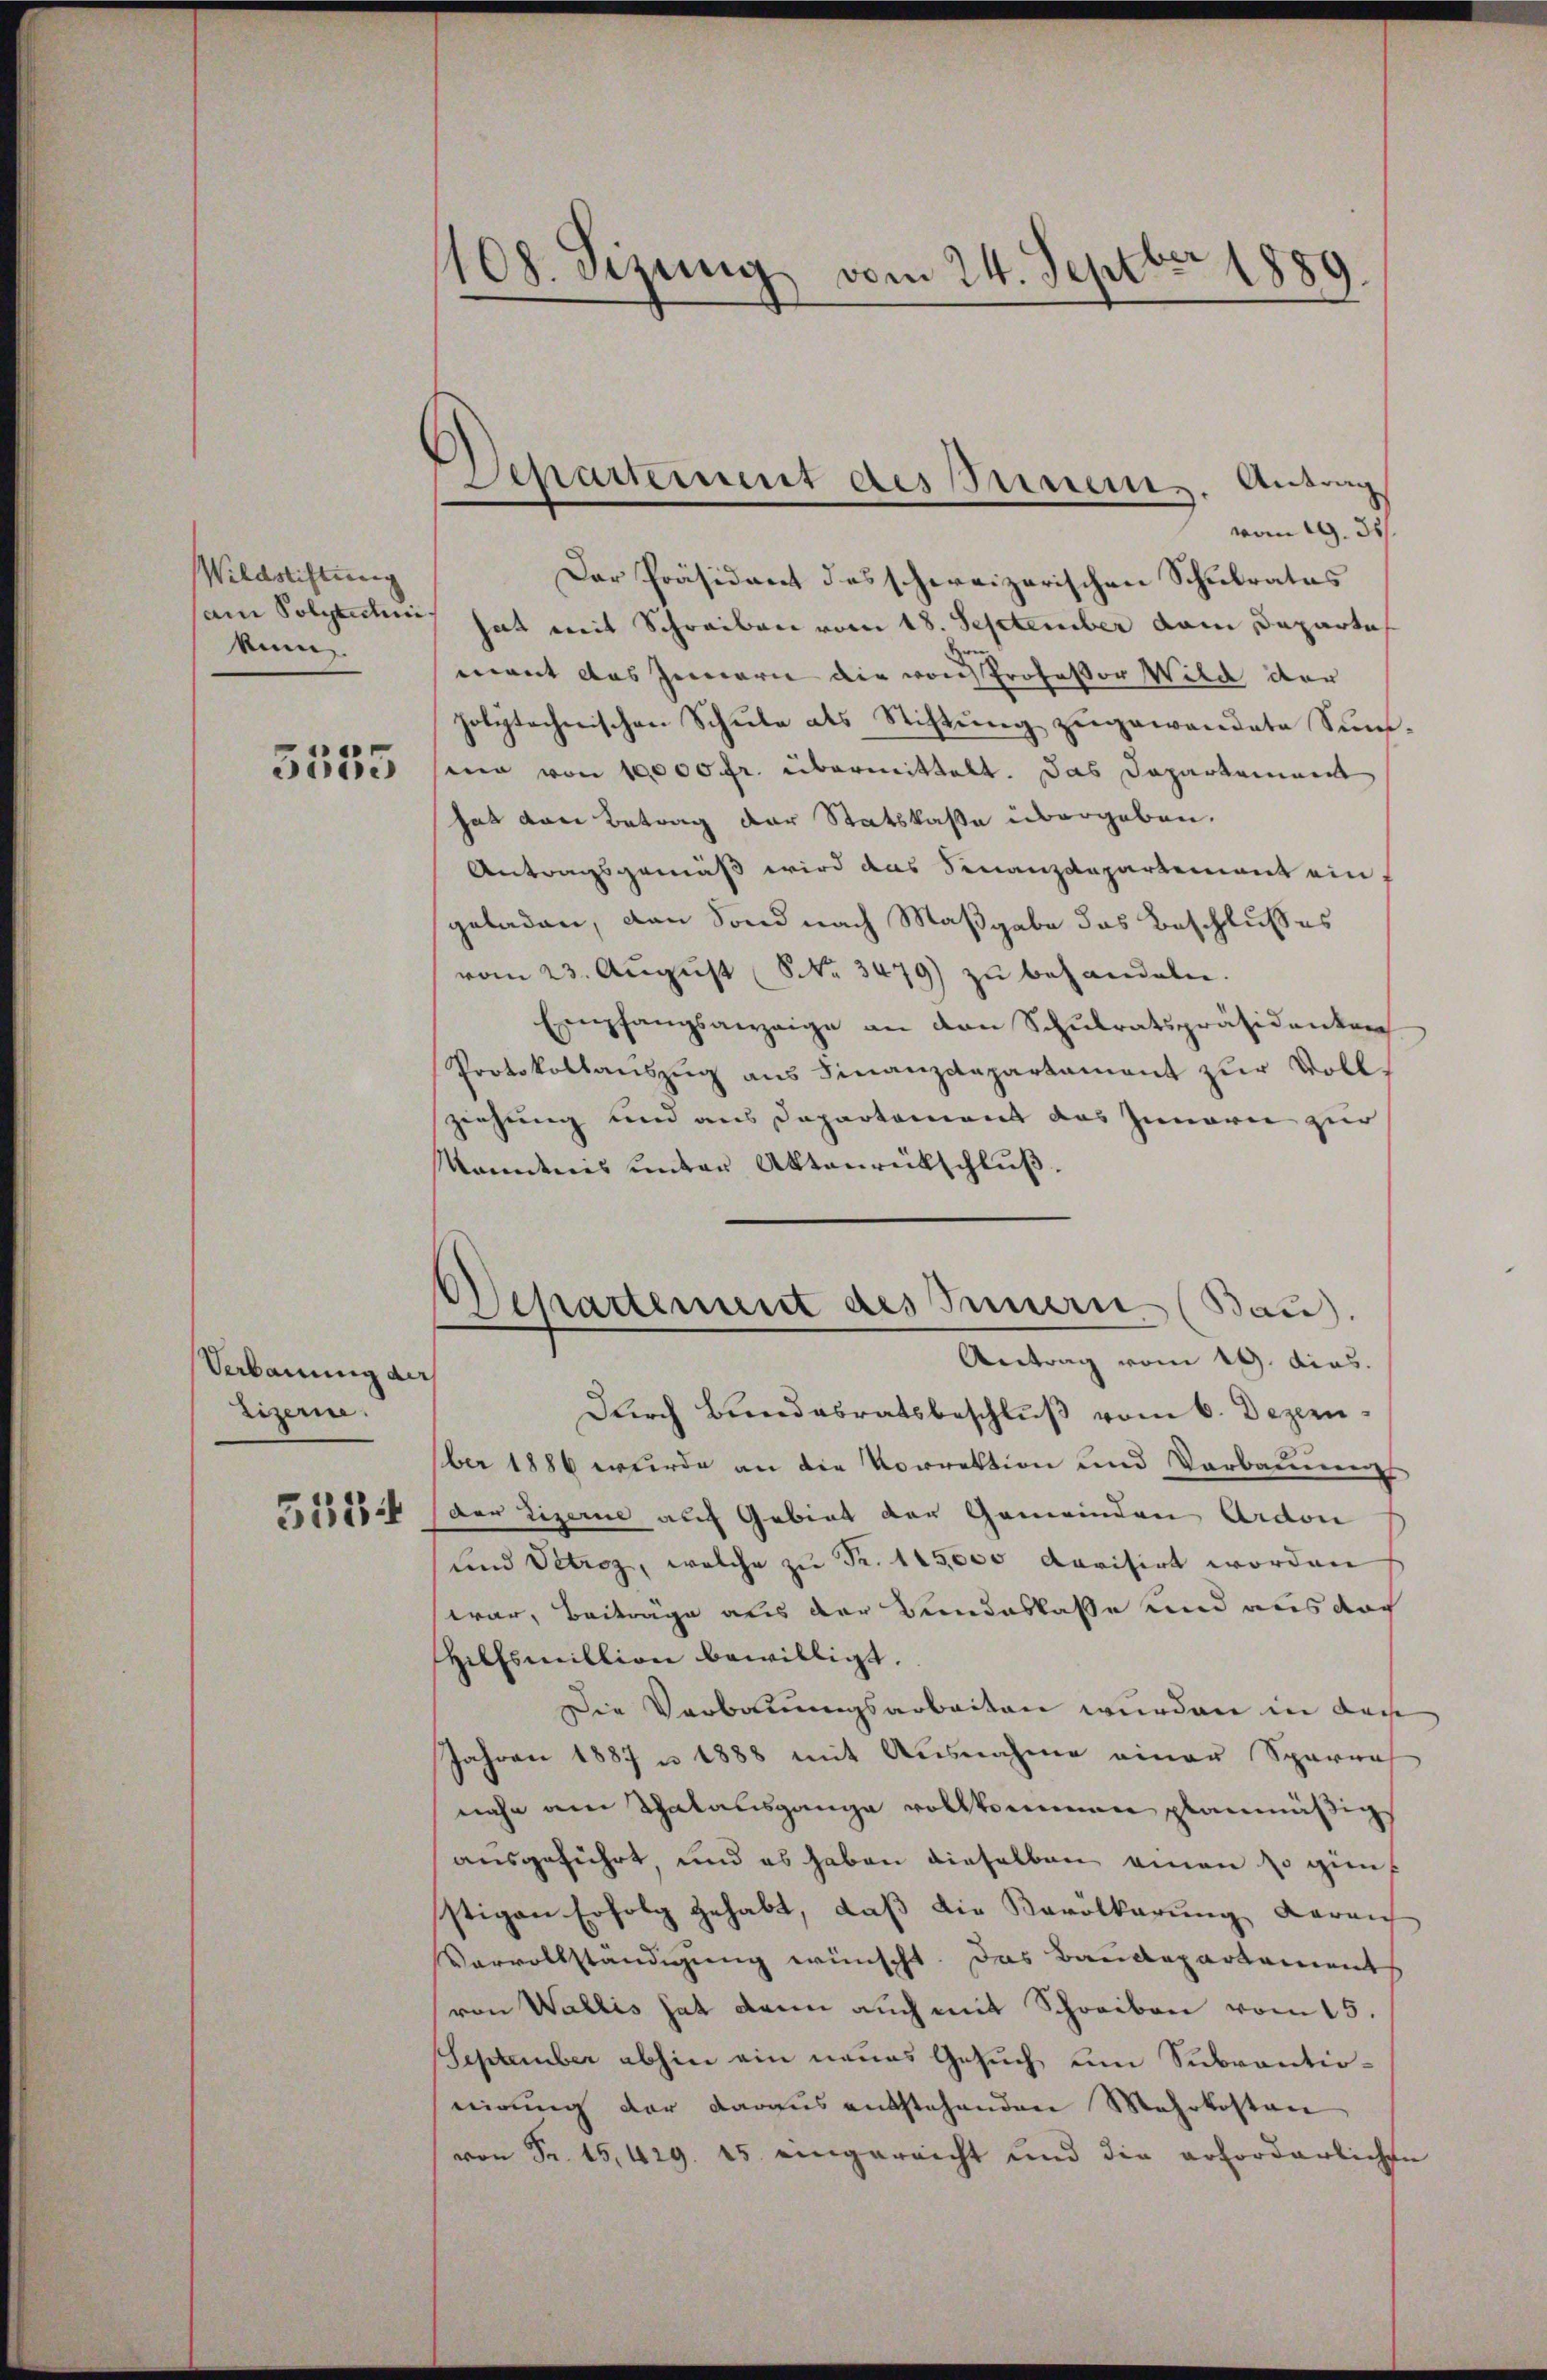
Wildstiftung
tim.
5555

Verbauung der
Lizerne.
5534

108. Sizung vom 24. Septbr 1889.

Separtement des Innern. Ansing

Departement des Innern (Bau).

vom 19. 35
Der Präsident des schweizerischen Schulrates
am Solgenden hat mit Schreiben vom 18. September dem Departe
mant das Innern die von Professor Wild der
polytechnischen Schŭle als Stiftŭng zugewandete Summi von 10000 fr. übermittelt. Das Departement
hat von Betrag der Statskaßa übergeben.
Antragsgemäß wird das Finanzdepartement ein
geladen, den Sond nach Maßgabe das Beschlusses
vom 23. Aŭgŭst No. 3479) zu behandeln.
Empfangsanzeige an den Schŭlratspräsidenten
Protokollauszug aus Finanzdepartament zur Vollziehung und aus Departement das Innern zur
kanntnis unter Aktenrückschluß.
Antrag vom 19. dies.
Durch Bundesratsbeschluß vom 6. Dezember 1886 wurde an die Vorrektion und Verbauenen
Der Lizerie auf Gebiet der Gemeinden Ardon
und Petroz, welche zu Fr. 115,000 devisirt worden
war, Beiträge aus der Beideslasse und aus doch
Hilfsmillion bewilligt.
Die Verbauungsarbeiten wurden in dass
Jahren 1887 u. 1888 mit Ausnahme einer Spareal
nahe am Salausgange vollkommen planmäßigs
ausgeführt, und es haben dieselben einen so günstigen Erfolg gehabt, daß die Bevölkerung darauf
Vervollständigung wünscht. Das Baudepartement
von Wallis hat dann auch mit Schreiben vom 15.
September abhin ein neues Gesuch um Subventionirung der daraus entstehenden Mehrkosten
von Fr. 15,429. 15 eingereicht und die erforderlichen